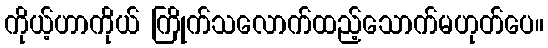
ကိုယ့်ဟာကိုယ် ကြိုက်သလောက်ထည့်သောက်မဟုတ်ပေ။